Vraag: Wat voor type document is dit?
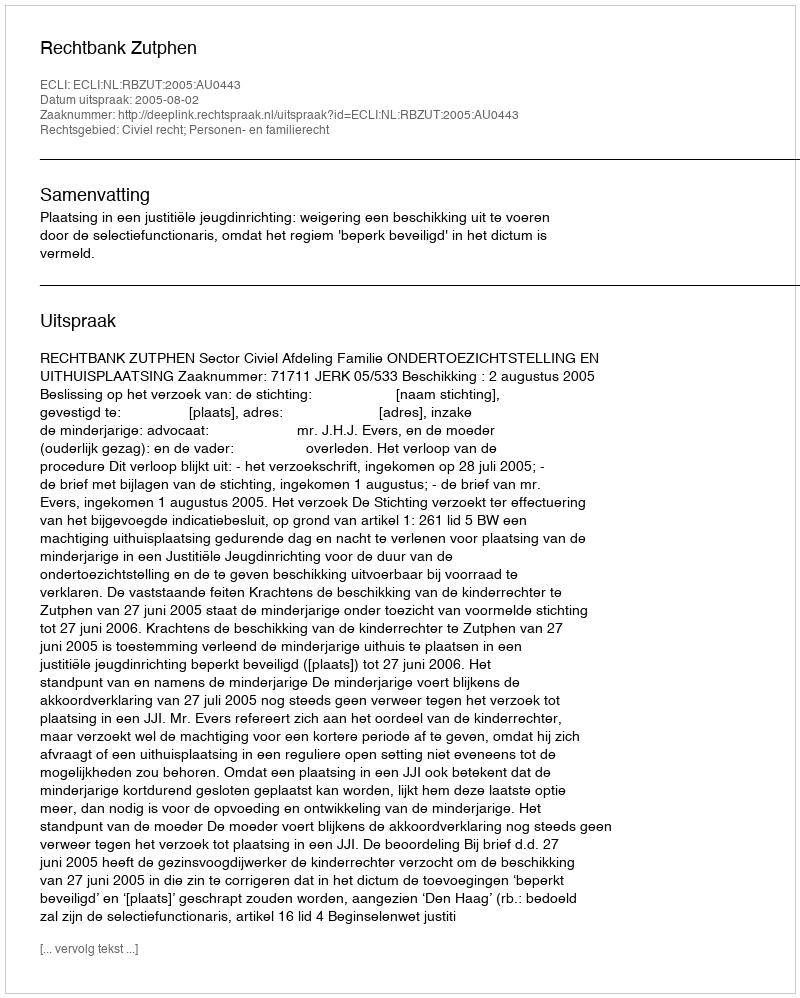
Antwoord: Uitspraak